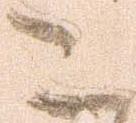
こ